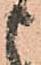
申